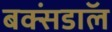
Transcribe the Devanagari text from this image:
बक्संडाॅल